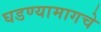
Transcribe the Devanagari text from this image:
घडण्यामागचे